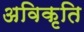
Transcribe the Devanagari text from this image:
अविकृति